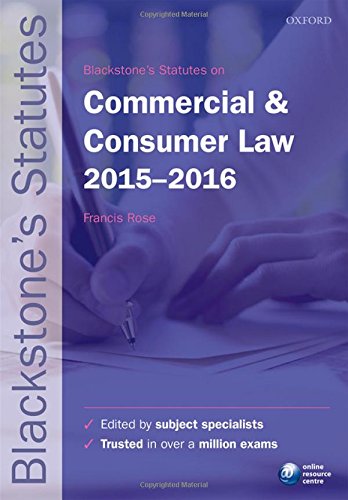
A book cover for Blackstone's Statutes on Commercial & Consumer Law 2015-2016 (Blackstone's Statute Series); Law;